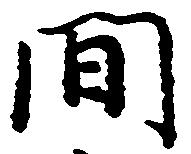
間